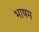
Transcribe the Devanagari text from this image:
भाषम